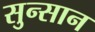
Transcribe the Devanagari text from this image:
सुन्सान